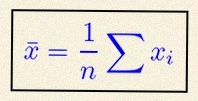
\bar{x}=\frac1n\sum x_i